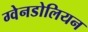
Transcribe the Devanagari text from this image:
ग्वेनडोलियन